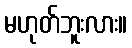
မဟုတ်ဘူးလား။